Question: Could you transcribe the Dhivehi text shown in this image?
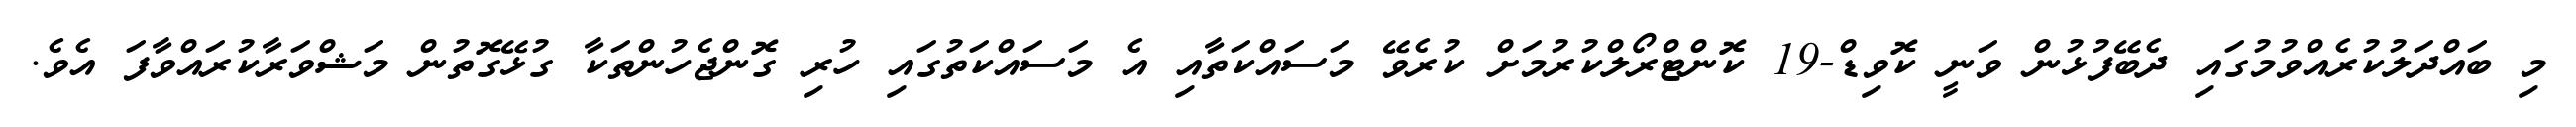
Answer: މި ބައްދަލުކުރެއްވުމުގައި ދެބޭފުޅުން ވަނީ ކޮވިޑް-19 ކޮންޓްރޯލްކުރުމަށް ކުރެވޭ މަސައްކަތާއި އެ މަސައްކަތުގައި ހުރި ގޮންޖެހުންތަކާ ގުޅޭގޮތުން މަޝްވަރާކުރައްވާފަ އެވެ.